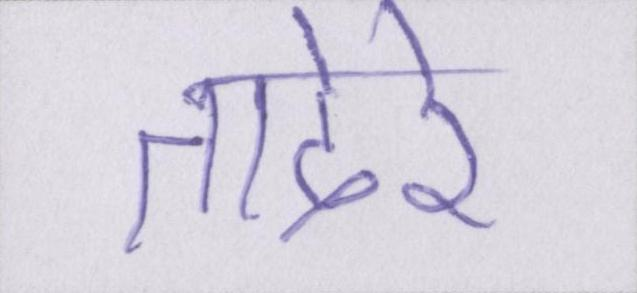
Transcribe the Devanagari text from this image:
तादेरे